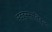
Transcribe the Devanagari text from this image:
नववनस्पतिवृन्द